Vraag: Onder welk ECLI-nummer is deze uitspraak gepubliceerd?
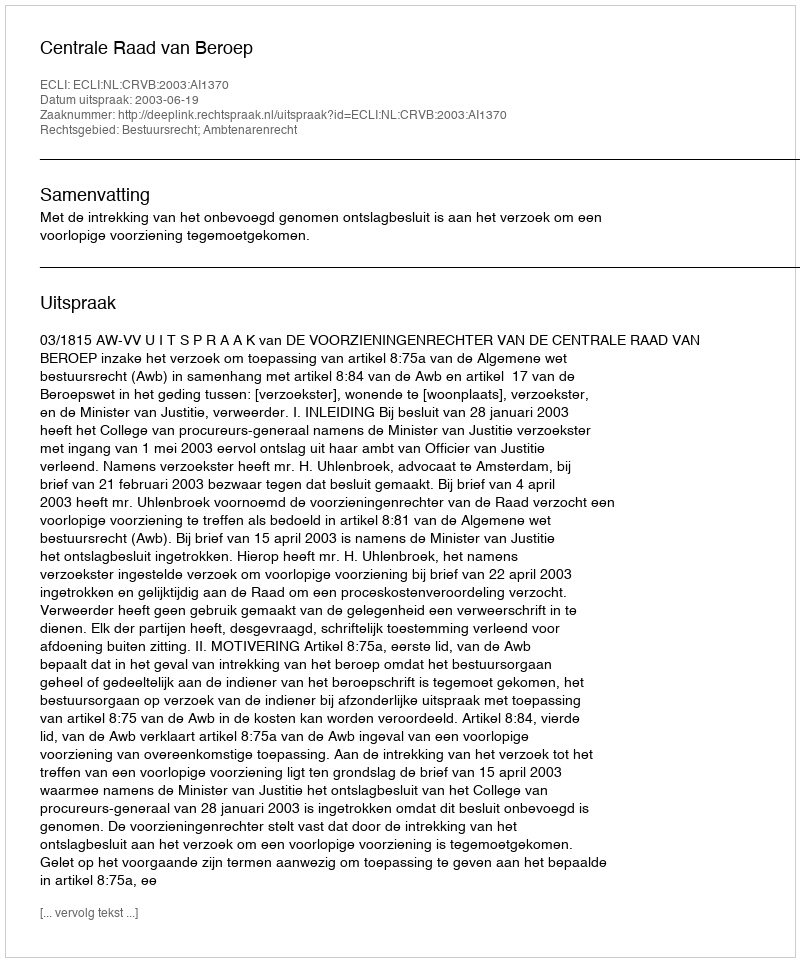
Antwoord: ECLI:NL:CRVB:2003:AI1370